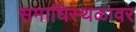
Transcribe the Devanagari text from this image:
समाधिस्थळावर